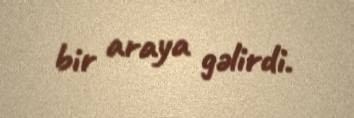
bir araya gəlirdi.